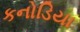
કનોડિયા